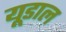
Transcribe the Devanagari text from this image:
यूडाल